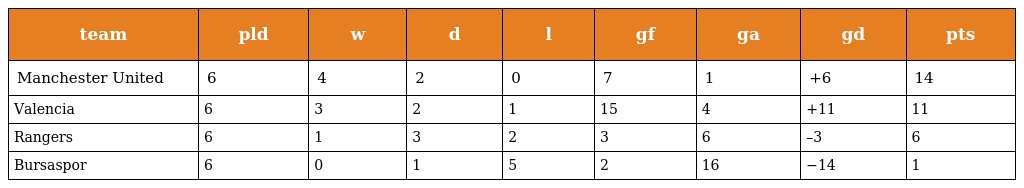
| team | pld | w | d | l | gf | ga | gd | pts |
 | --- | --- | --- | --- | --- | --- | --- | --- | --- |
 | Manchester United | 6 | 4 | 2 | 0 | 7 | 1 | +6 | 14 |
 | Valencia | 6 | 3 | 2 | 1 | 15 | 4 | +11 | 11 |
 | Rangers | 6 | 1 | 3 | 2 | 3 | 6 | –3 | 6 |
 | Bursaspor | 6 | 0 | 1 | 5 | 2 | 16 | −14 | 1 |